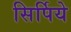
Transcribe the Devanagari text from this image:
सिर्पिये